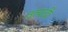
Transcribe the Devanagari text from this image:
उत्पादी